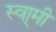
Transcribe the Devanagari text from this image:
स्वा्मी